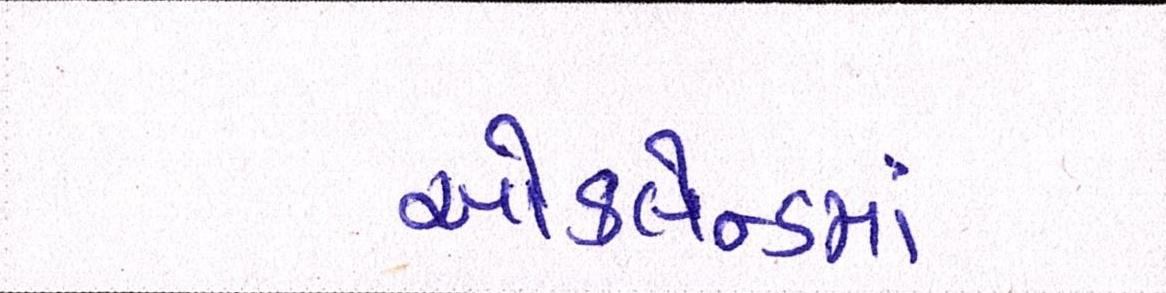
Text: ઑકલેન્ડમાં